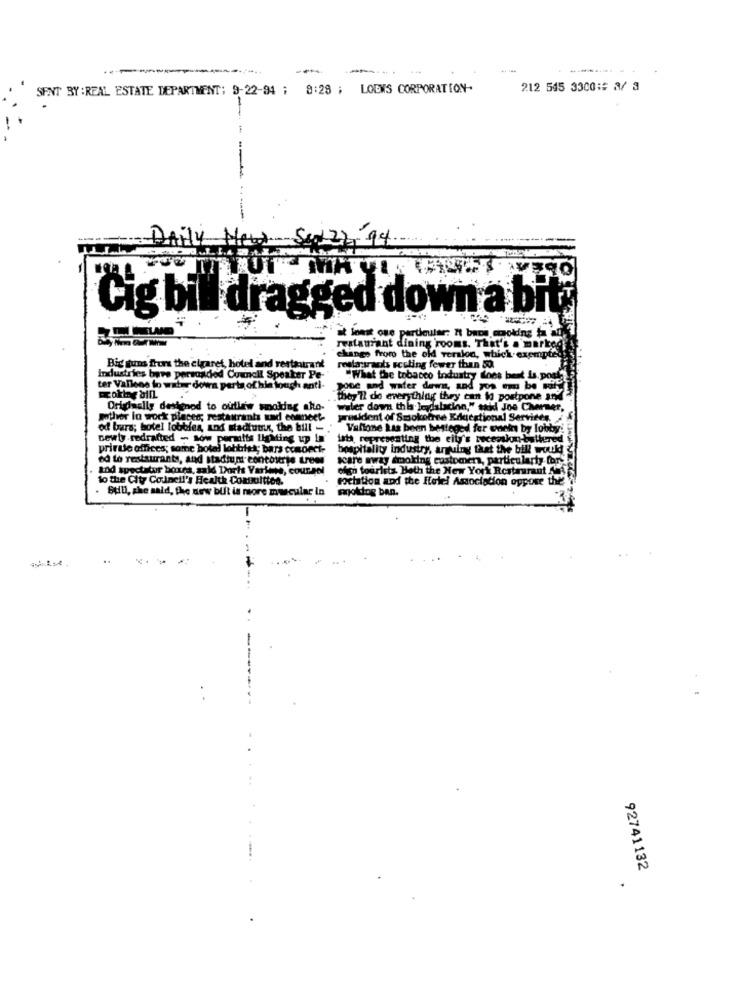
-------
SENT BY : REAL ESTATE DEPARTMENT: 9-22-94 ; 8:28 ; LOEWS CORPORATION.
212 545 3300: 2/ 3
Cig bill dragged down a bit
Et loest one particular: It bacs sorokins ta al.
restaurant dining rooms. That's a marked
"change from the old version, which exempte
Big guns frees the cigaret, hotel and restaurant
restarsrants scoling fewer than 50
Industries bare persondied Council Speaker Pe-
"What the tobacco industry does bent la. porta
ter Vallens to water down perta of kin lough anti-
pose and water down, and you can be will
they'll de everything they can io postpone and
Originally designed to outlew smoking ako-
waler down this leadslacion," said Joe Charmer,
mother lo work places; restaurants und connect-
resident of Smokefree Educational Services.
od bars; hotel lobbles, and stadtuuk, the bill -
Vallone Las been besteged fer onek by lobby.
newly redrafted - sow permits lighting up In
data, representing the city's recession-battered
prirule offices; same botel lobbies; bars comoecke
hospitality industry, arguing that the bill would
ed to restaurants, and stadium contourte trees
scare away smoking customer, particularly ford
and spectator boxes, sald Dortt Varkens, coursel
chim tourlets. Both the New York Restaurant Ant
to the City Council's Health Coxbuittes.
tochation and the Hotel Association oppose the?
Still, she said, the new but is more muscular in
enokiog ban.
92741132